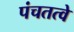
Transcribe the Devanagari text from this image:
पंचतत्वे